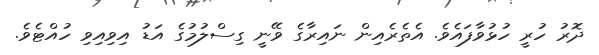
ދޮރު ހުރީ ހުޅުވާފައެވެ. އެތެރެއިން ނައިރާގެ ވޭނީ ގިސްލުމުގެ އަޑު އިވިއިވި ހުއްޓެވެ.